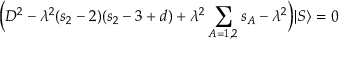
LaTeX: \Big ( { \cal D } ^ { 2 } - \lambda ^ { 2 } ( s _ { 2 } - 2 ) ( s _ { 2 } - 3 + d ) + \lambda ^ { 2 } \sum _ { A = 1 , 2 } s _ { A } - \lambda ^ { 2 } \Big ) | S \rangle = 0 \,